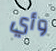
وأي